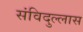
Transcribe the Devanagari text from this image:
संविदुल्लास